Document type: Sale
Year: 1423
Scribe: Joan Franc
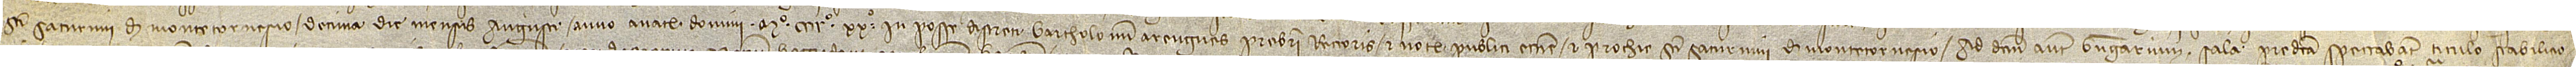
Sancti Saturnini de Montetornesio decima die mensis augusti, anno a Nativitate Domini Mº CCCCº XXº, in posse discreti Bartholomei Arengues, presbiteri rectoris et notarii publici ecclesie et parrochie Sancti Saturnini de Montetornesio. Ad dictum autem Berengaium Sala predicta spectabant titulo stabilicio-